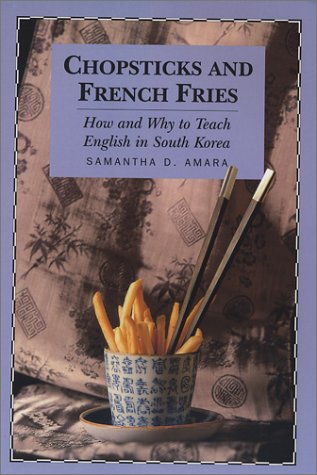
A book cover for Chopsticks and French Fries: How and Why to Teach English in South Korea; Samantha D. Amara; Travel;